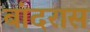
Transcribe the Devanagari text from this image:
बांदरास